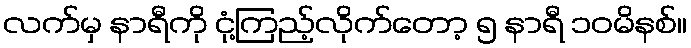
လက်မှ နာရီကို ငုံ့ကြည့်လိုက်တော့ ၅ နာရီ ၁၀မိနစ်။